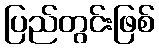
ပြည်တွင်းဖြစ်